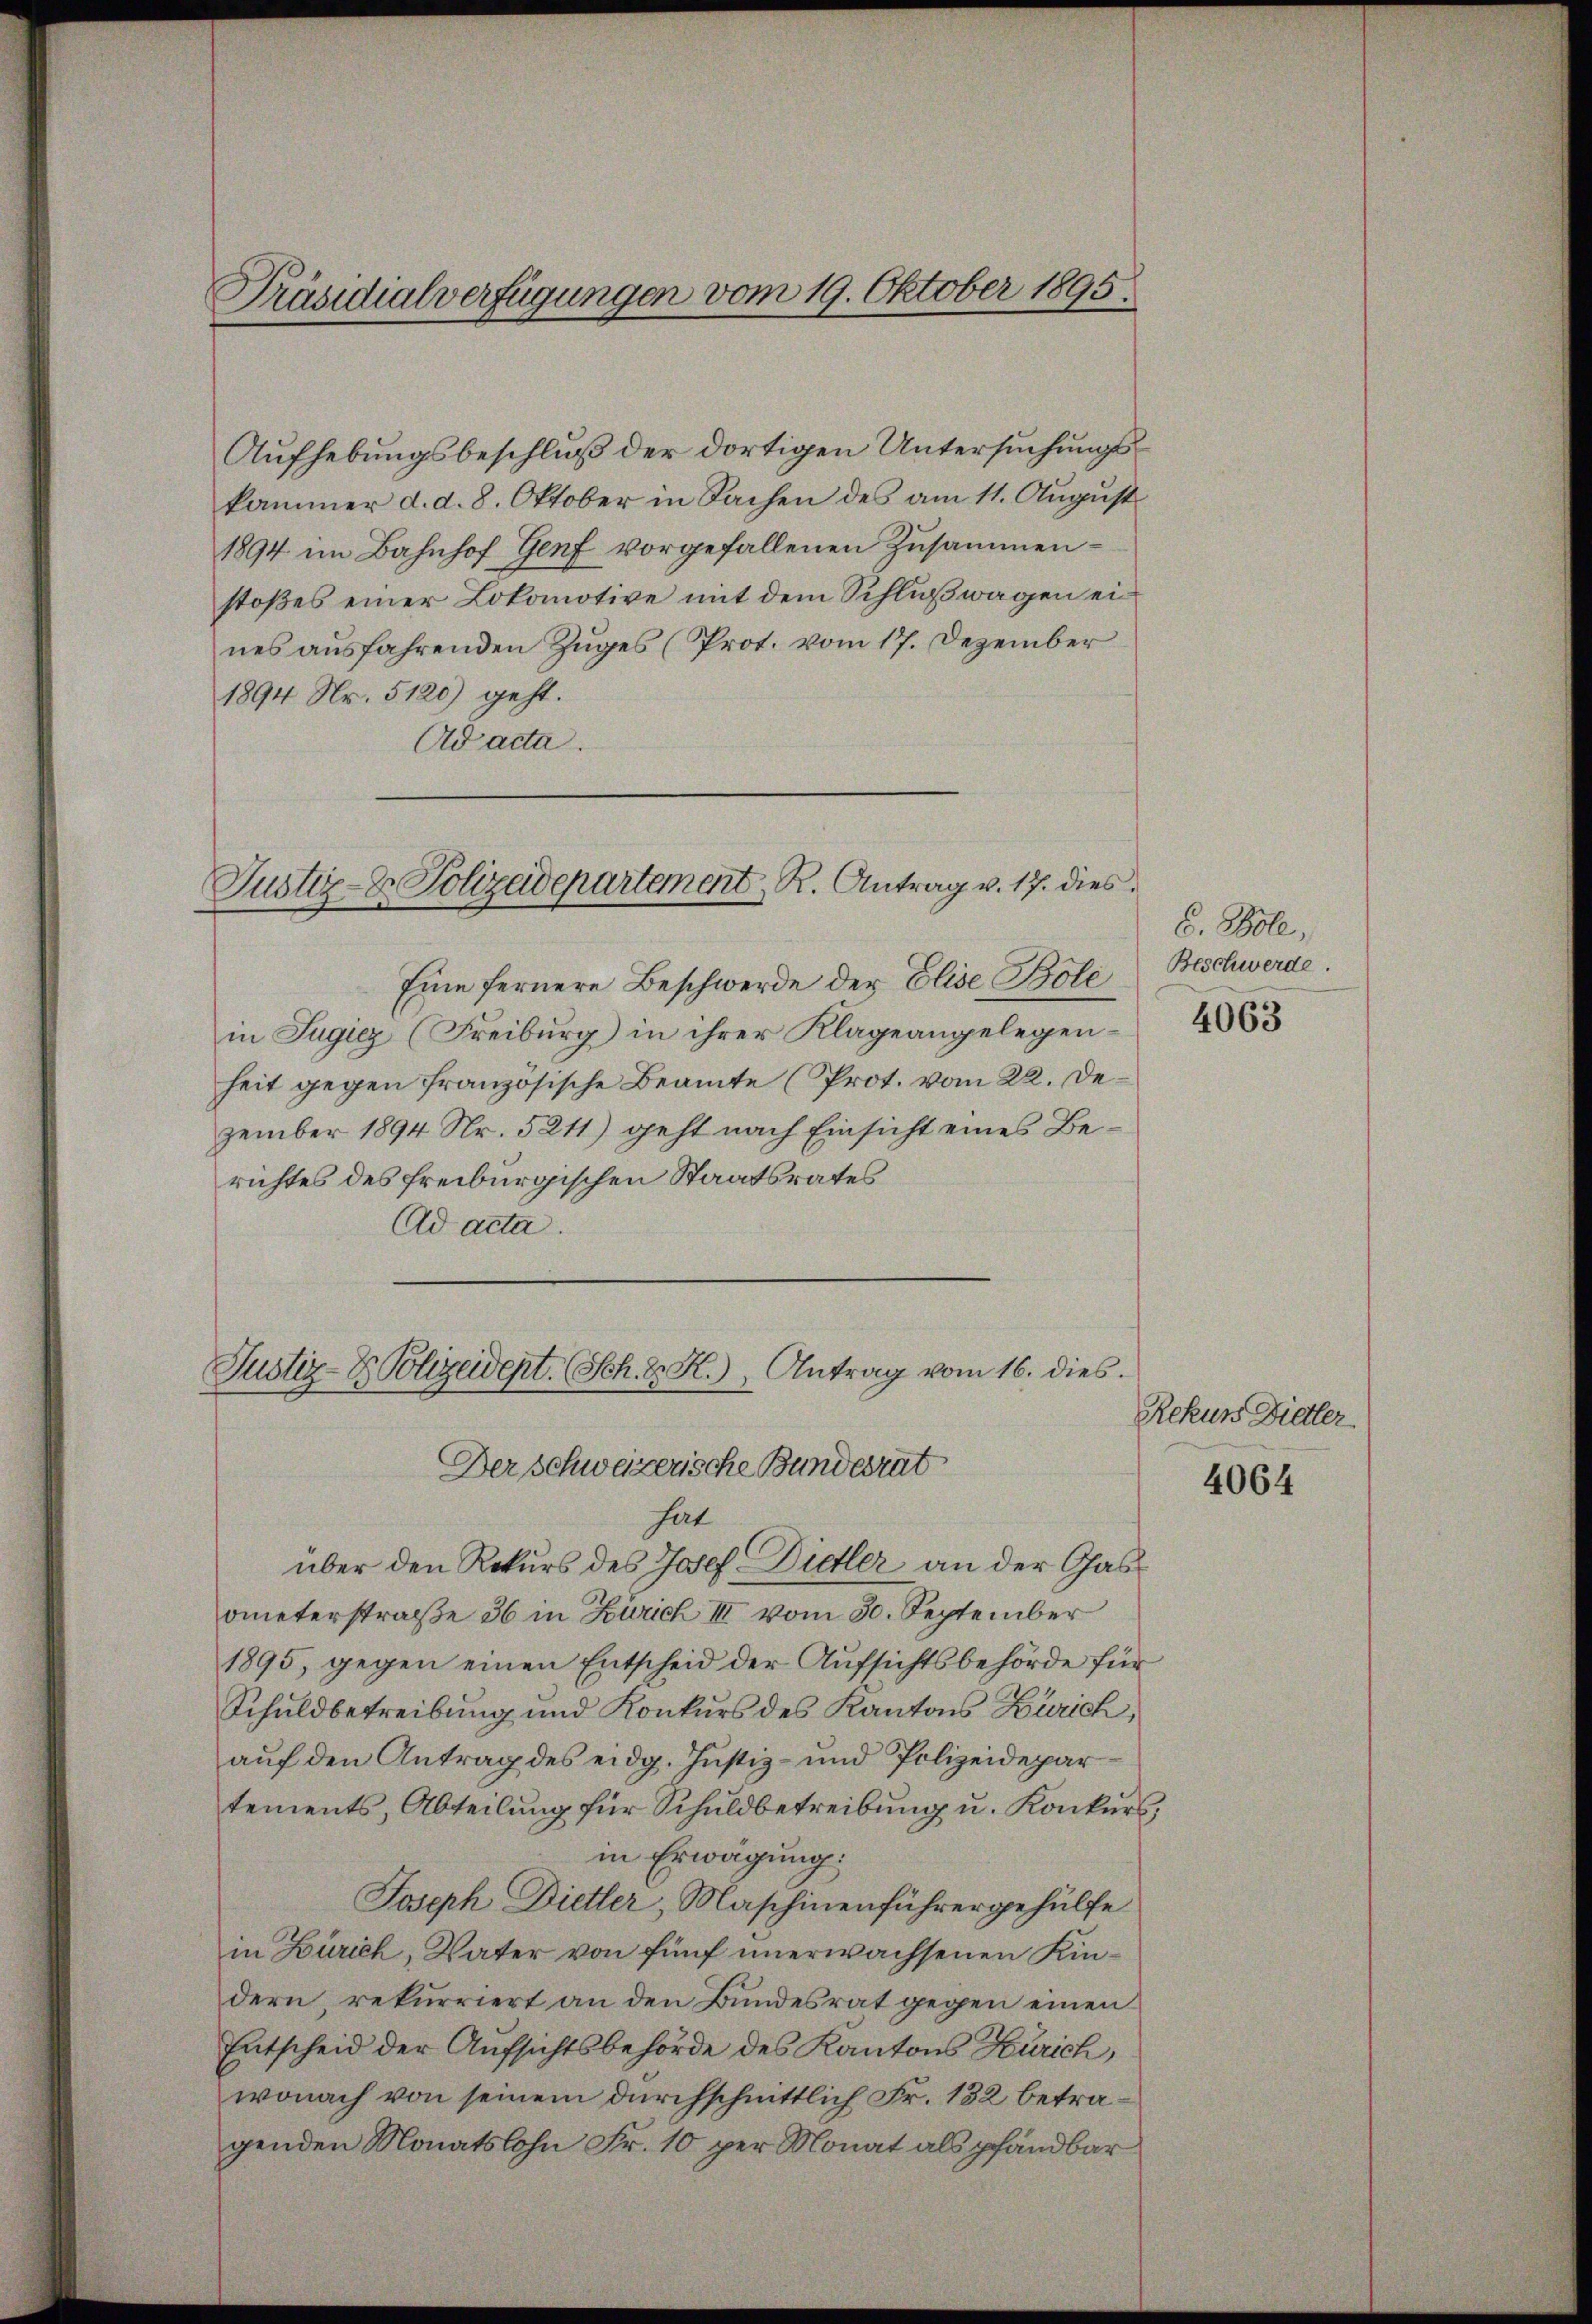
Präsidialverfügungen vom 19. Oktober 1895.

Aufhebungsbeschluß der dortigen Untersuchungskammer d. d. 8. Oktober in Sachen des am 11. August
1894 im Bahnhof Genf vorgefallenen Zusammenstoßes einer Lokomotive mit dem Schlußwagen eines ausfahrenden Zuges (Prot. vom 17. Dezember
1894 Nr. 5120) geht.
Ad acta.

Justiz- & Polizeidepartement R. Antrag v. 17. dies

Justiz- & Polizeident. (Sch. D. R.) Antrag vom 16. dies.
Der schweizerische Bundesrat

Eine fernere Beschwerde der Elise Bole
in Jugiez (Freiburg in ihrer Klageangelegenheit gegen französische Beamte (Prot. vom 22. Dezember 1894 Nr. 5211) geht nach Einsicht eines Berichtes des freiburgischen Staatsrates
Ad acta.
hat
über den Rekurs des Josef Dietler an der Gasometerstraße 36 in Zürich III vom 30. September
1895, gegen einen Entscheid der Aŭfsichtsbehörde für
Schuldbetreibung und Konkurs des Kantons Zürich,
auf den Antrag des eidg. Justiz- und Polizeidepar
tements, Abteilung für Schuldbetreibung u. Konkurs
in Erwägung:
Joseph Dietler, Maschinenführergehülfe
in Zürich, Vater von fünf unerwachsenen Kindern rekurriert an den Bundesrat gegen einen
Entscheid der Aufsichtsbehörde des Kantons Zürich,
wonach von seinem durchschnittlich Fr. 132 betragenden Monatslohn Fr. 10 per Monat als pfandbar

E. Bole,
Beschwerde.

4063

Rekurs Dietler
4064